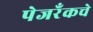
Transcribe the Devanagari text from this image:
पेजरँकचे